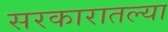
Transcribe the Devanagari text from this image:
सरकारातल्या